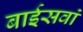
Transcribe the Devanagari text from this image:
बाईसवां